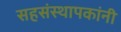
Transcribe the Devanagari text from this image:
सहसंस्थापकांनी